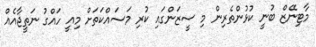
މާޓިނޭޒް ބުނީ ކުޅުންތެރިން މި ސީޒަންގައި ކުރި މަސައްކަތަށް މިއީ ހައްގު ނަތީޖާއެއް